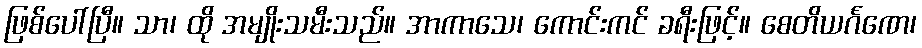
ဖြစ်ပေါ်ပြီ။ သာ၊ ထို အမျိုးသမီးသည်။ အာကာသေ၊ ကောင်းကင် ခရီးဖြင့်။ စေတိယင်္ဂဏေ၊